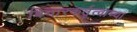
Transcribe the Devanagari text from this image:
विचारकर्तृत्वाच्या